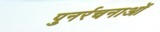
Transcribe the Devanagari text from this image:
पुनर्रचनाओं